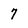
Character: 7